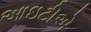
આઇટીએ